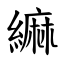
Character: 䌕